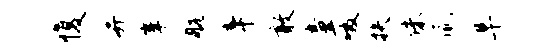
愎并峰航辛敢童啜扶侏瀛阜